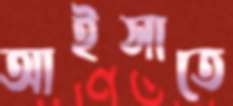
আইসাতে